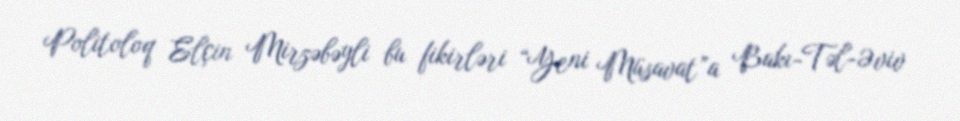
Politoloq Elçin Mirzəbəyli bu fikirləri “Yeni Müsavat”a Bakı-Təl-Əviv